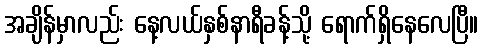
အချိန်မှာလည်း နေ့လယ်နှစ်နာရီခန့်သို့ ရောက်ရှိနေလေပြီ။